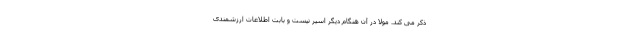
ذکر می کند. مولا در آن هنگام دیگر اسیر نیست و بابت اطلاعات ارزشمندی